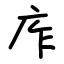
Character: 㡸